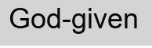
God-given